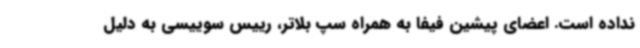
نداده است. اعضای پیشین فیفا به همراه سپ بلاتر، رییس سوییسی به دلیل